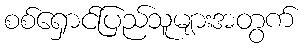
စစ်ရှောင်ပြည်သူများအတွက်